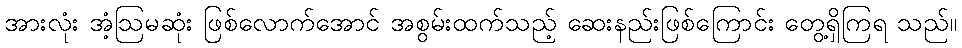
အားလုံး အံ့ဩမဆုံး ဖြစ်လောက်အောင် အစွမ်းထက်သည့် ဆေးနည်းဖြစ်ကြောင်း တွေ့ရှိကြရ သည်။